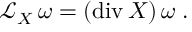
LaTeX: { \mathcal L } _ { X } \, \omega = ( \mathrm { d i v } \, X ) \, \omega \; .